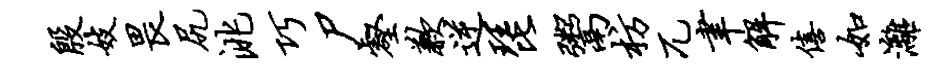
殷妓畏尻洮巧尸壑歉逆琵鬻枋兀聿解僖如漓